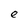
Character: e